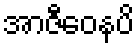
အာဇီဝေနပိ